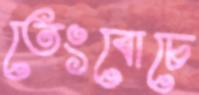
তেংবোচে